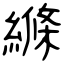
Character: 縧